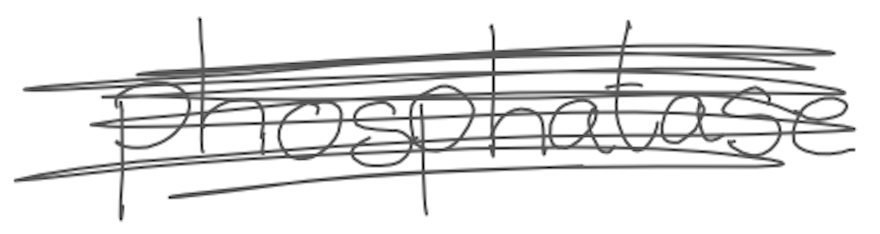
Text: phosphatase
Cross-out: scratch
Writing tool: digital_gray